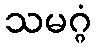
သမဂ္ဂံ